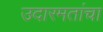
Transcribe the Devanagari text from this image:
उदारमतांचा